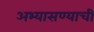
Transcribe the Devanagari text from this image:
अभ्यासण्याची